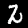
Digit: 2